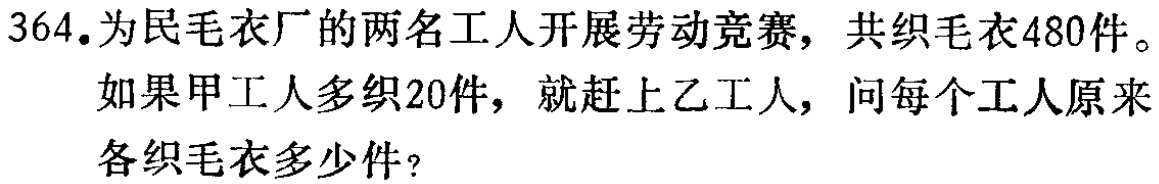
364.为民毛衣厂的两名工人开展劳动竞赛，共织毛衣480件。
如果甲工人多织20件，就赶上乙工人，问每个工人原来
各织毛衣多少件？